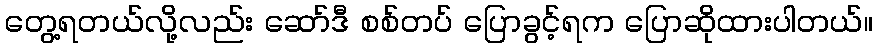
တွေ့ရတယ်လို့လည်း ဆော်ဒီ စစ်တပ် ပြောခွင့်ရက ပြောဆိုထားပါတယ်။